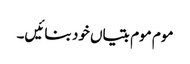
موم موم بتیاں خود بنائیں۔